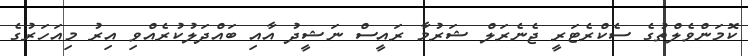
ކޮމަންވެލްތުގެ ސެކްރެޓަރީ ޖެނެރަލް ޝަރުމާ ރައީސް ނަޝީދު އާއި ބައްދަލުކުރެއްވި އިރު މިއަހަރުގެ